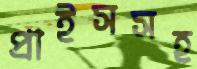
প্রাইসসহ